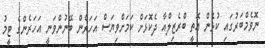
ނޮވެމްބަރުގައި ކުޅެން އޮތީ ބްރެޒިލްއާ ދެކޮޅަށް ކަމަށްވިޔަސް އަހަރެން ބޭނުންވަނީ އަހަރެންގެ ޓީމު